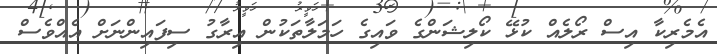
އެމެރިކާ އިސް ރޯލެއް ކުޅޭ ކޯލިޝަންގެ ވައިގެ ހަމަލާތަކުން އިރާގު ސިފައިންނަށް އެއްވެސް